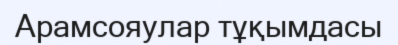
Арамсояулар тұқымдасы